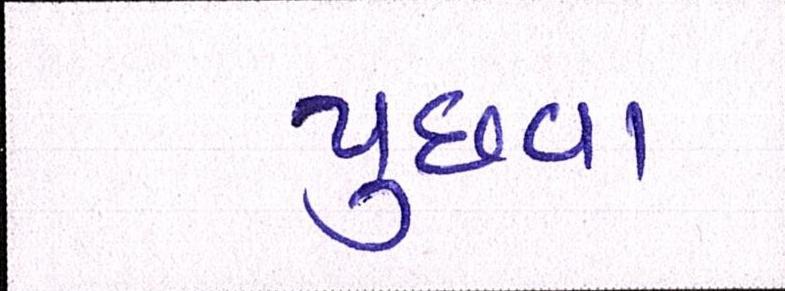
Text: પુછવા